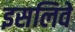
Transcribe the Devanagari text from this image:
इसलिवे